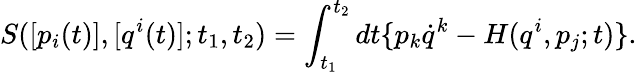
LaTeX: {S}([p_{i}(t)],[q^{i}(t)];t_{1},t_{2})=\int_{t_{1}}^{t_{2}}dt\{ p_{k}{\dot{q}}^{k}-{H}({q^{i}},{p}_{j};t)\} .